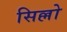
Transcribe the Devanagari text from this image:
सिल्लो